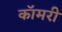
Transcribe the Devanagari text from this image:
कॉमरी